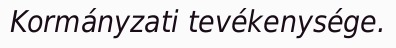
Kormányzati tevékenysége.